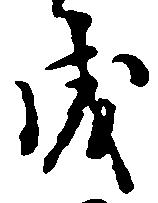
成